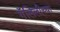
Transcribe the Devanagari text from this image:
गॅलिलीच्या